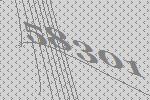
58301